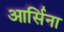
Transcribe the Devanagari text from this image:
आर्सिना